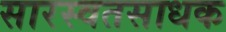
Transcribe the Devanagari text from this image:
सारस्वतसाधक